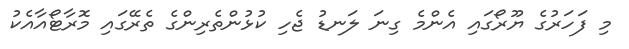
މި ފަހަރުގެ ޔޫރޯގައި އެންމެ ގިނަ ލަނޑު ޖެހި ކުޅުންތެރިންގެ ތެރޭގައި މޮރާޓޯއާއެކު